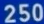
250